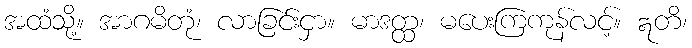
အထံသို့။ အာဂမိတုံ၊ လာခြင်းငှာ။ မာဒတ္ထ၊ မပေးကြကုန်လင့်။ ဣတိ၊